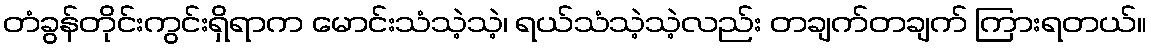
တံခွန်တိုင်းကွင်းရှိရာက မောင်းသံသဲ့သဲ့၊ ရယ်သံသဲ့သဲ့လည်း တချက်တချက် ကြားရတယ်။